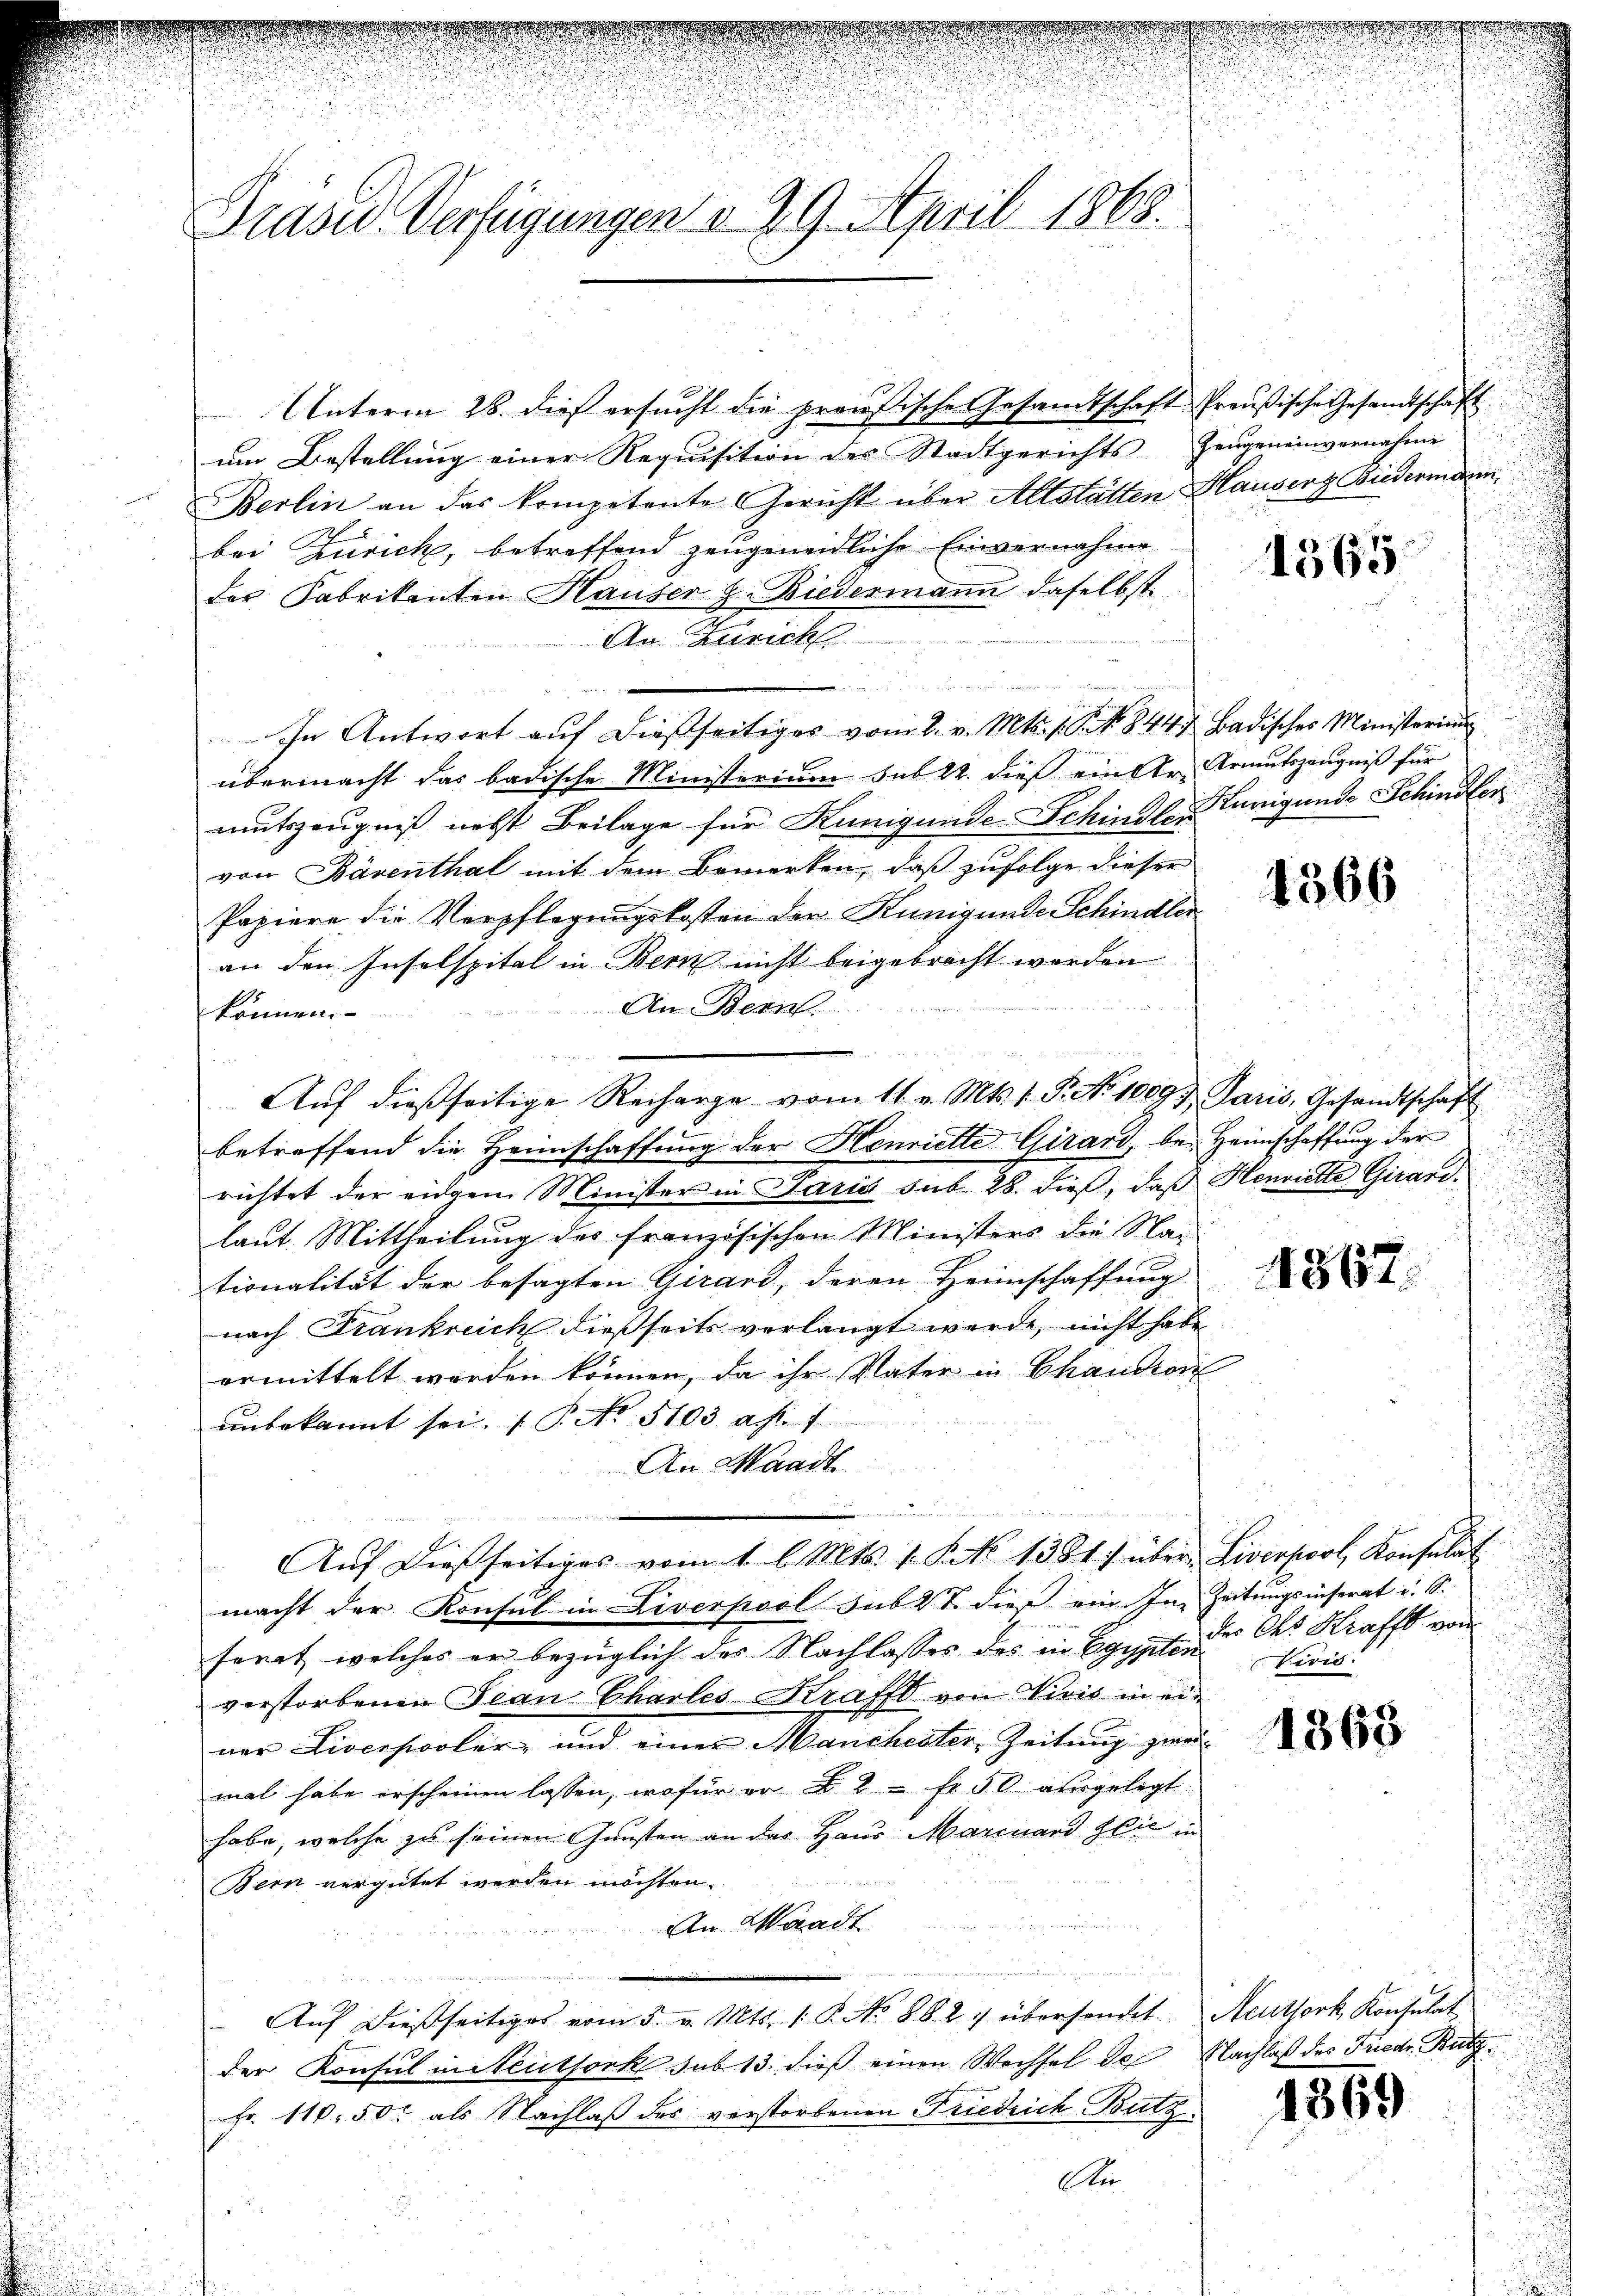
Grase Verfügungen d. 29. April 1863.

Berlin an das kompetente Gericht über Altstätten Hauser Biedermann
bei Zürich, betreffend zeugeneidliche Einvernahme
der Fabrikanten Hauser z. Biedermann daselbst
An Zürich
In Antwort aŭf dießseitiges vom 2. v. Mts. s. S. 844. Badisches Ministerium
übermacht das badische Ministerium sub 22. dieß ein Dr. Armutszeugniß für
mutszeugniß nebst Beilage für Kunigunde Schindleunigunde Schindler
von Bärenthal mit dem Bemerken, daß zufolge dieser
Papiere die Verpflegungskosten der Kunigunde Schindler
an den Inselspital in Bern nicht beigebracht werden
An Bern.
können
Aŭf dießseitige Recharge vom 11. v. Mts. 1. P. No 10097. Paris, Gesandtschaft
betreffend die Heimschaffung der Henriette Girard, bei Heimschaffung der
richtet der eidgen Minister in Paris sub 28. dieß, daß Henriette Girardlaut Mittheilung des französischen Ministers die Nai
tionalität der besagten Girard, daran Heimschaffung
nach Frankreich dießseits verlangt werde, nicht habe
ermittelt werden können, da ihr Vater in Chandson
unbekannt sei. (T. No. 5103 Al. 1
An Mandt

Aŭf dießseitiges vom 1. l. Mts. 1. Frk. 1381) über Liverpool, Konsulat
macht der Konsul in Liverpool sub 28. dieß ein. In Zeitungsinserat u. S.
ferat, welches er bezüglich des Nachlasses des in Egypter der der Krafft von
verstorbenen Jean Charles Krafft von Vivis in ein
ner Liverpooler, und einer Manchester Zeitung zwei-
mal habe erscheinen lassen, wofür er § 2 fr. 50 ausgelegt
habe, welche zu seinen Gunsten an das Haus Marcuard Glie in
Bern vergütet werden möchten.
An Waadt
Aŭf dießseitiges vom 5. v. Mts. 1. P. No 882 & übersendet. Neuthork Konsulat
der Konsul in Steuthork sub 13. dieß einen Wechsel de Nachlaß des Friedr. Bütz
Fr. 110. 50 rt als Nachlaß des verstorbenen Friedrich Batz
An

Unterm 28. dieß ersŭcht die preußische Gesandtschaft Preußische Gesandtschaft
um Bestellung einer Requisition der Stadtgerichts Zeugeneinvernahme

1365

1566

.

E

1867.

Perio.

1363

4369

n
2